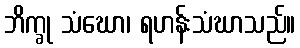
ဘိက္ခု သံဃော၊ ရဟန်းသံဃာသည်။